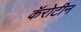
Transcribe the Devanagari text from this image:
कॅरोटीन